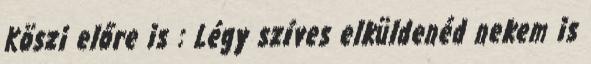
Köszi előre is : Légy szíves elküldenéd nekem is